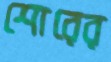
শোরের